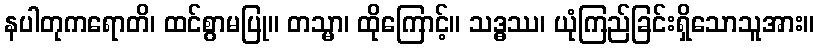
နပါတုကရောတိ၊ ထင်စွာမပြု။ တသ္မာ၊ ထိုကြောင့်။ သဒ္ဓဿ၊ ယုံကြည်ခြင်းရှိသောသူအား။